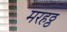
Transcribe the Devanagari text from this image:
मरहठ्ठ